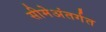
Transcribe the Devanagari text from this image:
सीमेअंतर्गत